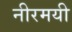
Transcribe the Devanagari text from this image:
नीरमयी